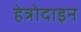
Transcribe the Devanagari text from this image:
हेत्रोदाइन